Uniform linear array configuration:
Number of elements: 24
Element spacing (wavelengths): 1
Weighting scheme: hann
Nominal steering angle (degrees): -60
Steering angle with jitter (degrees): -58.232
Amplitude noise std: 0.05
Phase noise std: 0.05

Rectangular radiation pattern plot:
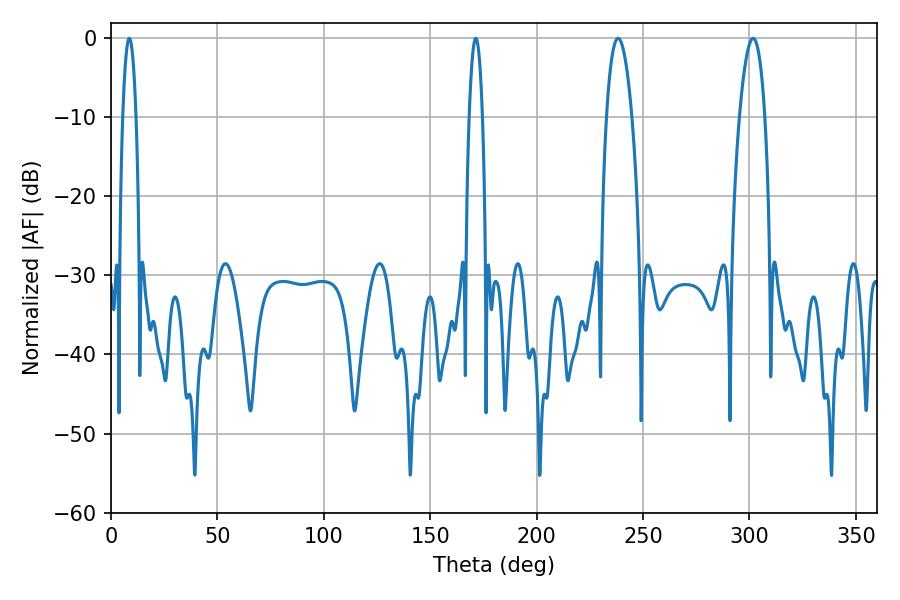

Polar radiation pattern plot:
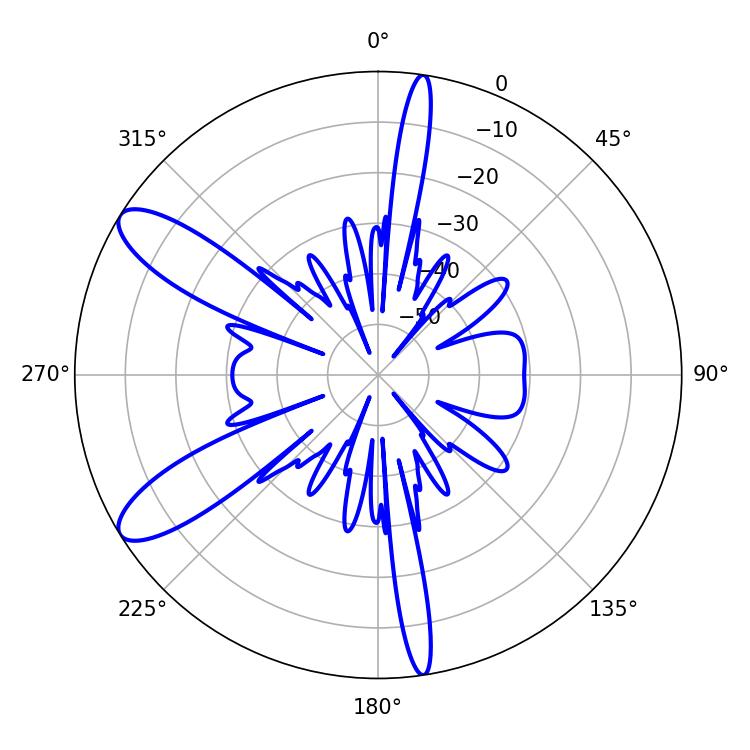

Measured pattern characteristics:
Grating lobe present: TRUE
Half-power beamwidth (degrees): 6.66
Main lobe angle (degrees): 238.32